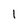
Character: 1